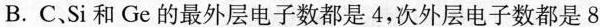
B.C、Si和Ge的最外层电子数都是4，次外层电子数都是8